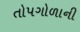
તોપગોળાની